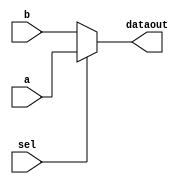
module mux(
input [63:0] a, b,
input sel,
output [63:0]dataout
);
assign dataout = sel ? a:b;

endmodule